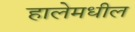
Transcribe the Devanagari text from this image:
हालेमधील